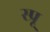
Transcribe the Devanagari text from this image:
स्प्रू